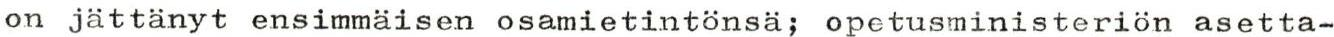
on jättänyt ensimmäisen osamietintönsä, opetusministeriön asetta-